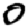
Digit: 0